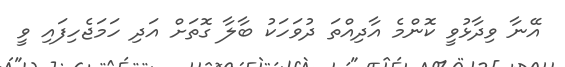
އޭނާ ވިދާޅުވީ ކޮންމެ އާދިއްތަ ދުވަހަކު ބާލާ ގޮތަށް އަދި ހަމަޖެހިފައި ވީ